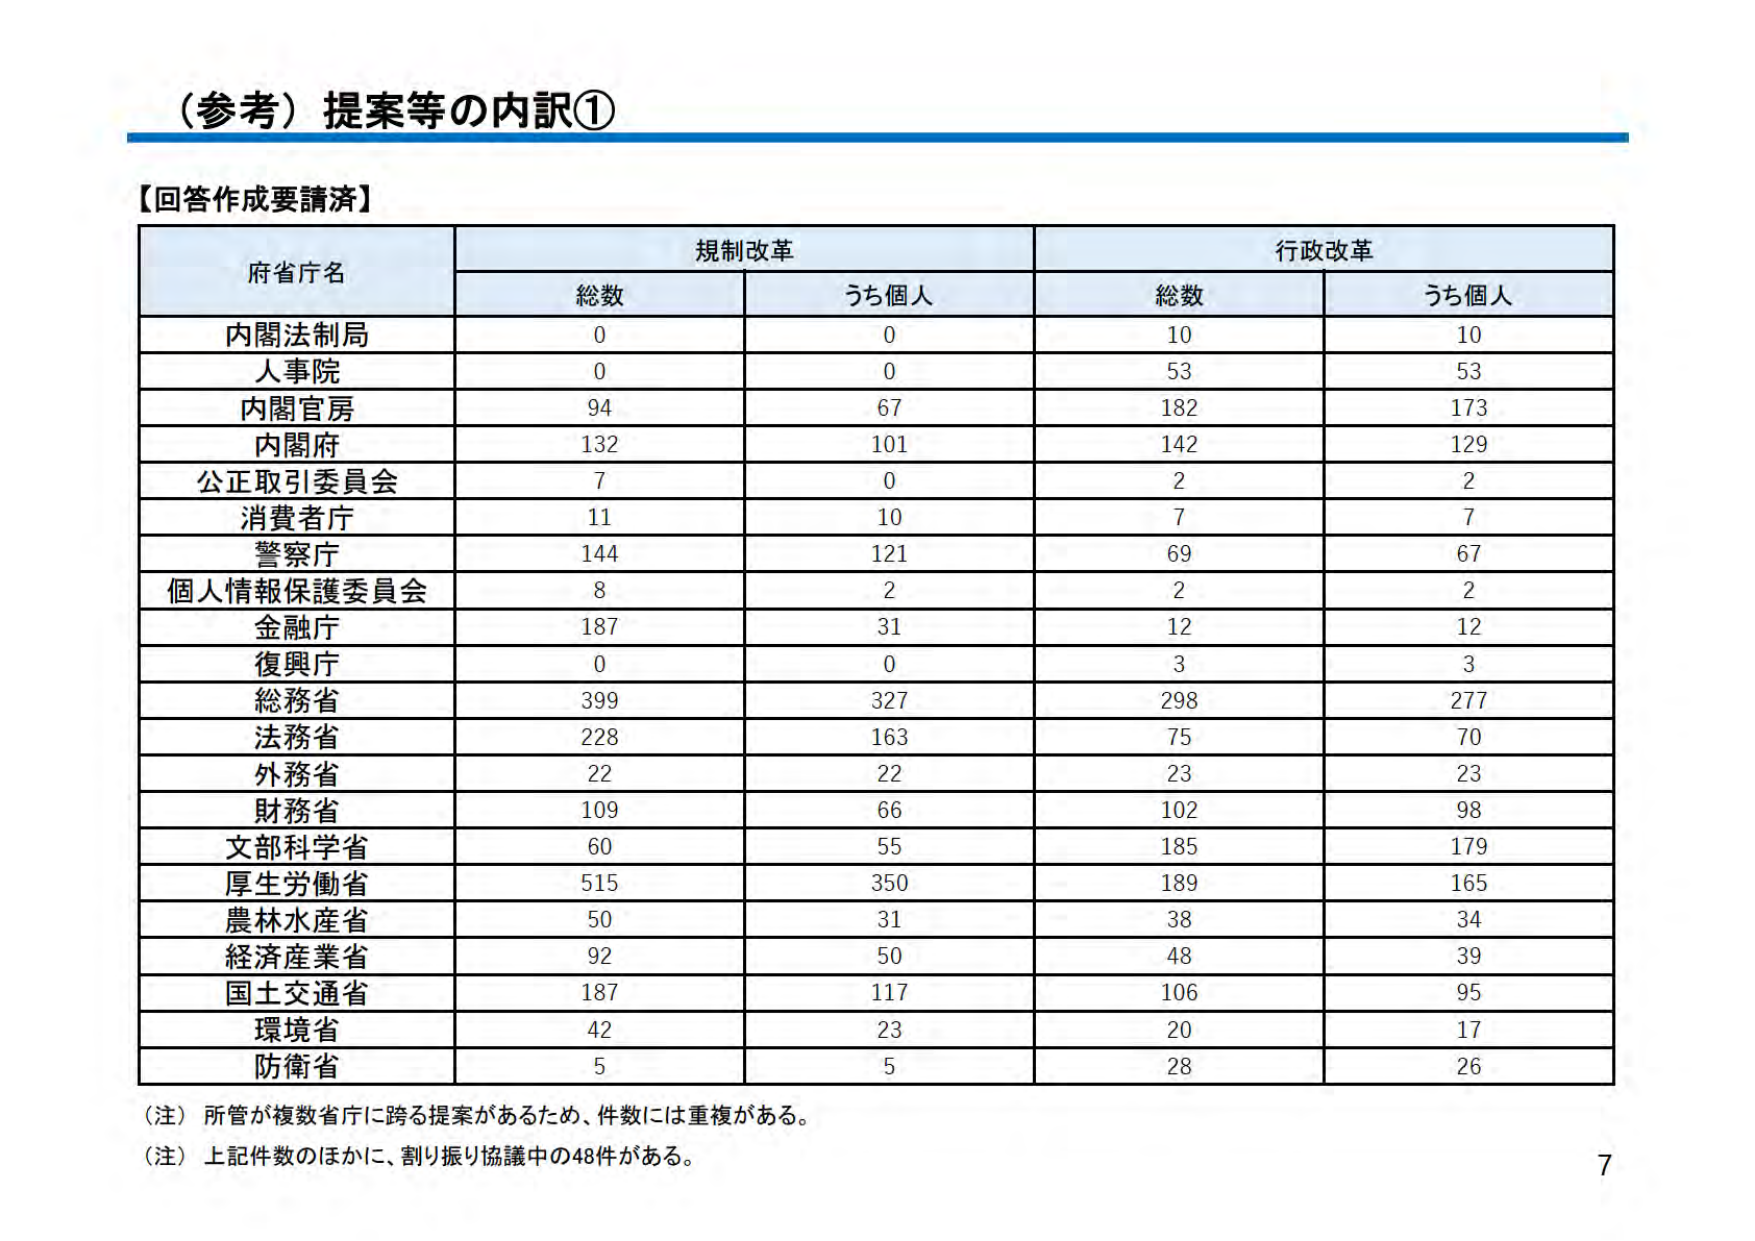
（参考）提案等の内訳①

【回答作成要請済】

府省庁名　　規制改革　　行政改革
　　　　　　総数　　うち個人　　総数　　うち個人

内閣法制局　　0　　　0　　　10　　　10
人事院　　　　0　　　0　　　53　　　53
内閣官房　　94　　　67　　　182　　　173
内閣府　　132　　　101　　　142　　　129
公正取引委員会　　7　　　0　　　2　　　2
消費者庁　　11　　　10　　　7　　　7
警察庁　　144　　　121　　　69　　　67
個人情報保護委員会　　8　　　2　　　2　　　2
金融庁　　187　　　31　　　12　　　12
復興庁　　0　　　0　　　3　　　3
総務省　　399　　　327　　　298　　　277
法務省　　228　　　163　　　75　　　70
外務省　　22　　　22　　　23　　　23
財務省　　109　　　66　　　102　　　98
文部科学省　　60　　　55　　　185　　　179
厚生労働省　　515　　　350　　　189　　　165
農林水産省　　50　　　31　　　38　　　34
経済産業省　　92　　　50　　　48　　　39
国土交通省　　187　　　117　　　106　　　95
環境省　　42　　　23　　　20　　　17
防衛省　　5　　　5　　　28　　　26

（注）所管が複数省庁に跨る提案があるため、件数には重複がある。
（注）上記件数のほかに、割り振り協議中の48件がある。

7